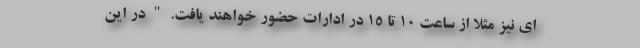
ای نیز مثلا از ساعت ۱۰ تا ۱۵ در ادارات حضور خواهند یافت. " در این